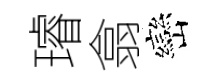
璿翕巒